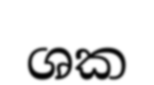
ශක